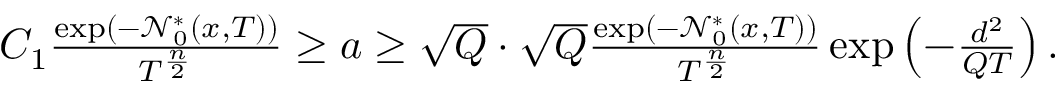
\begin{array} { r } { C _ { 1 } \frac { \exp \left( - \ensuremath { \mathcal { N } } _ { 0 } ^ { * } ( x , T ) \right) } { T ^ { \frac n 2 } } \ge a \ge \sqrt { Q } \cdot \sqrt { Q } \frac { \exp \left( - \ensuremath { \mathcal { N } } _ { 0 } ^ { * } ( x , T ) \right) } { T ^ { \frac n 2 } } \exp \left( - \frac { d ^ { 2 } } { Q T } \right) . } \end{array}